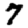
Digit: 7